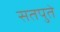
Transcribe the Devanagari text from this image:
सतपुते